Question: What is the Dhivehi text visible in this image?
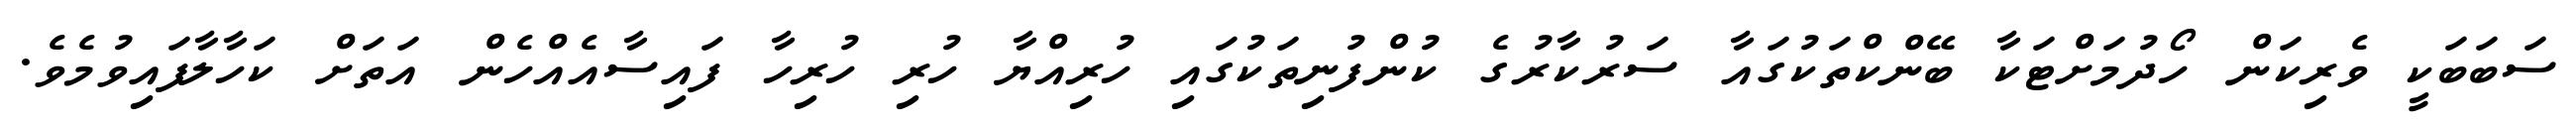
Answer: ސަބަބަކީ ވެރިކަން ހޯދުމަށްޓަކާ ބޭންކްތަކުގައާ ސަރުކާރުގެ ކުންފުނިތަކުގައި ހުރިއްޔާ ހުރި ހުރިހާ ފައިސާއެއްހެން އަތަށް ކަހާލާފައިވުމެވެ.